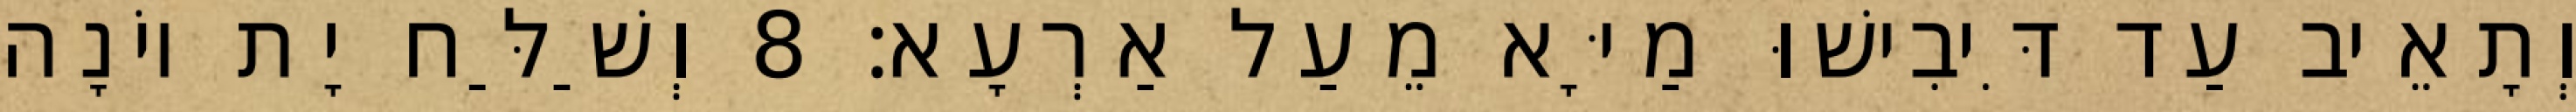
וְתָאֵיב עַד דִּיבִישׁוּ מַיָּא מֵעַל אַרְעָא׃ 8 וְשַׁלַּח יָת יוֹנָה